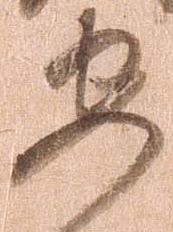
毎